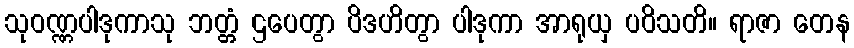
သုဝဏ္ဏပါဒုကာသု ဘတ္တံ ဌပေတွာ ပိဒဟိတွာ ပါဒုကာ အာရုယှ ပဝိသတိ။ ရာဇာ တေန